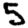
Digit: 5